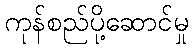
ကုန်စည်ပို့ဆောင်မှု